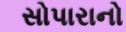
સોપારાનો